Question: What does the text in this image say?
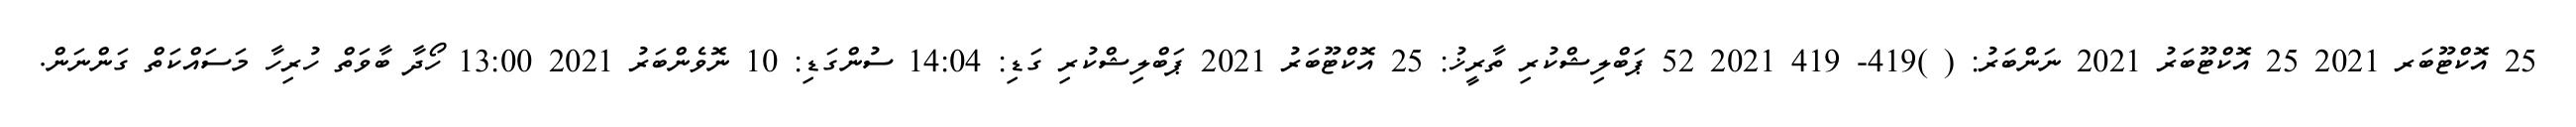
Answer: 25 އޮކްޓޫބަރ 2021 25 އޮކްޓޫބަރު 2021 ނަންބަރު: ( )419- 419 2021 52 ޕަބްލިޝްކުރި ތާރީޚު: 25 އޮކްޓޫބަރު 2021 ޕަބްލިޝްކުރި ގަޑި: 14:04 ސުންގަޑި: 10 ނޮވެންބަރު 2021 13:00 ހޯދާ ބާވަތް ހުރިހާ މަސައްކަތް ގަންނަން.